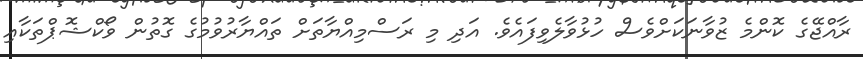
ރާއްޖޭގެ ކޮންމެ ޒުވާނަކަށްވެސް ހުޅުވާލެވިފައެވެ. އަދި މި ރަސްމިއްޔާތަށް ތައްޔާރުވުމުގެ ގޮތުން ވޯކްޝޮޕްތަކާއި